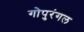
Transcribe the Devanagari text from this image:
गोपुरंगल